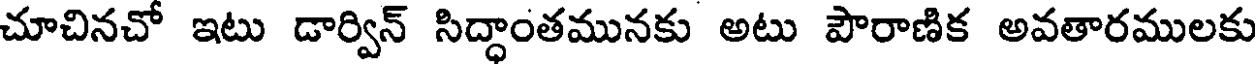
చూచినచో ఇటు డార్విన్ సిద్ధాంతమునకు అటు పౌరాణిక అవతారములకు